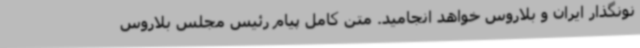
نونگذار ایران و بلاروس خواهد انجامید. متن کامل پیام رئیس مجلس بلاروس